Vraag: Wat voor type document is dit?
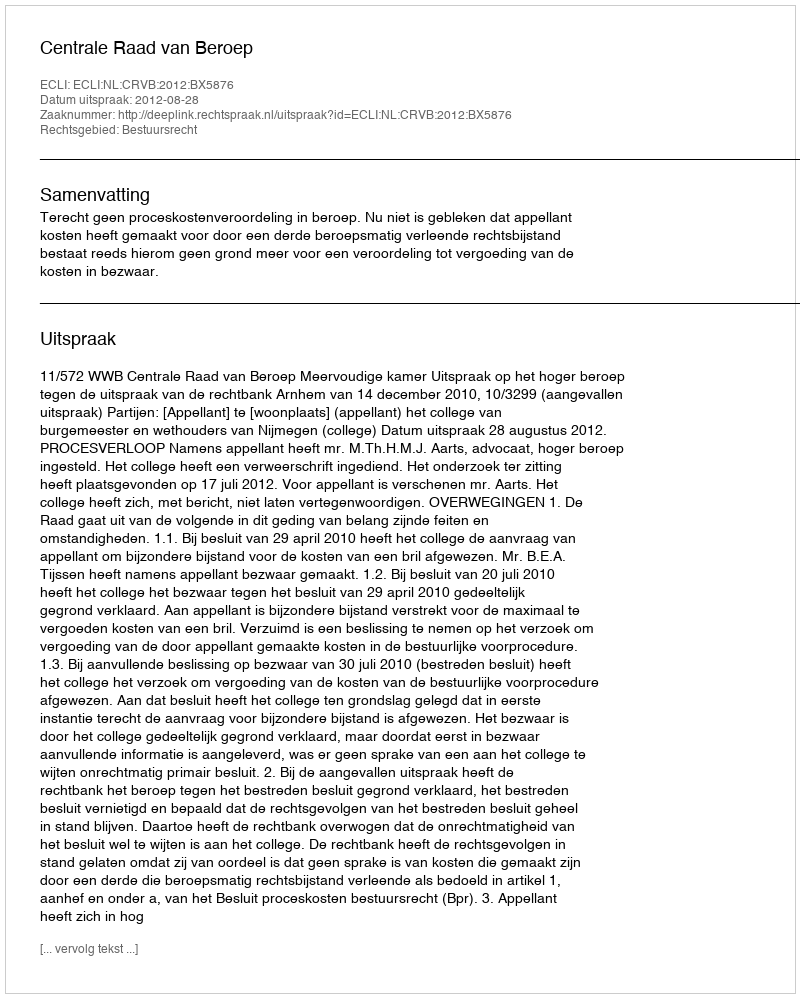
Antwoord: Uitspraak